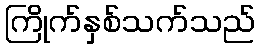
ကြိုက်နှစ်သက်သည်